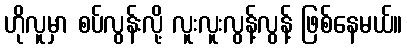
ဟိုလူမှာ စပ်လွန်းလို့ လူးလူးလွန့်လွန့် ဖြစ်နေမယ်။